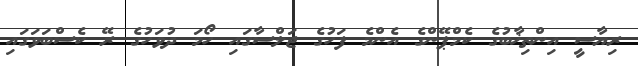
ރިޔާސީ އިންތިޚާބުގެ ކެމްޕޭންގެ އެންމެ ފަހުގެ ޖަލްސާގައި ހޯމަ ދުވަހުގެ ރޭ ކެސްބަވަގައި